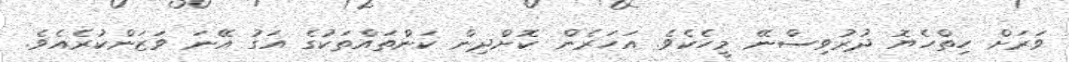
ވަރަށް ހިތްހެޔޮ ދުރުވިސްނޭ މީހެކެވެ. އަހަރެން ކޮށްދިން ކަންތައްތަކުގެ އަގު އޭނަ ވަޒަންކުރެއެވެ.